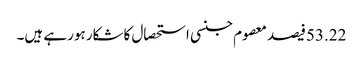
53.22فیصد معصوم جنسی استحصال کاشکار ہورہے ہیں۔